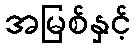
အမြစ်နှင့်